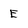
Character: E